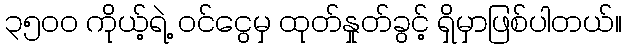
၃၅၀၀ ကိုယ့်ရဲ့ ဝင်ငွေမှ ထုတ်နှုတ်ခွင့် ရှိမှာဖြစ်ပါတယ်။